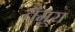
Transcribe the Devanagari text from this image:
तैमूरा